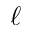
\ell